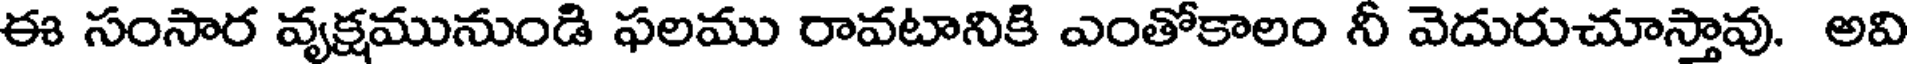
ఈ సంసార వ్యక్షమునుండి ఫలము రావటానికి ఎంతోకాలం నీ వెదురుచూస్తావు. అవి